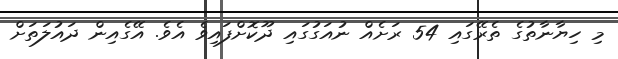
މި ހިޔާނާތުގެ ތެރޭގައި 54 ރަށެއް ނުއަގުގައި ދޫކޮށްފައިވެ އެވެ. އޭގެއިން ދައުލަތަށް